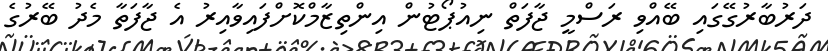
ދަރުބާރުގޭގައި ބޭއްވި ރަސްމީ ޖާފަތް ނިއުޕޯޓުން އިންތިޒާމްކޮށްފައިވާއިރު އެ ޖާފަތާ މެދު ބޭރުގެ